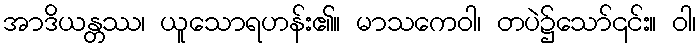
အာဒိယန္တဿ၊ ယူသောရဟန်း၏။ မာသကေဝါ၊ တပဲ၌သော်၎င်း။ ဝါ၊